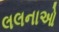
લલનાઓ